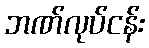
ဘဏ်လုပ်ငန်း